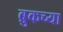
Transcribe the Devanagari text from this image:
ब्रुकच्या